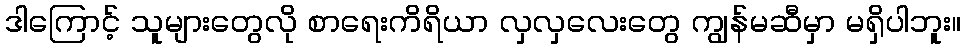
ဒါကြောင့် သူများတွေလို စာရေးကိရိယာ လှလှလေးတွေ ကျွန်မဆီမှာ မရှိပါဘူး။